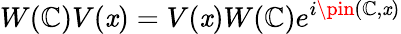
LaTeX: W(\mathbb{C})V(\mathit{x})=V(\mathit{x})W(\mathbb{C})e^{i\pin(\mathbb{C},\mathit{x})}